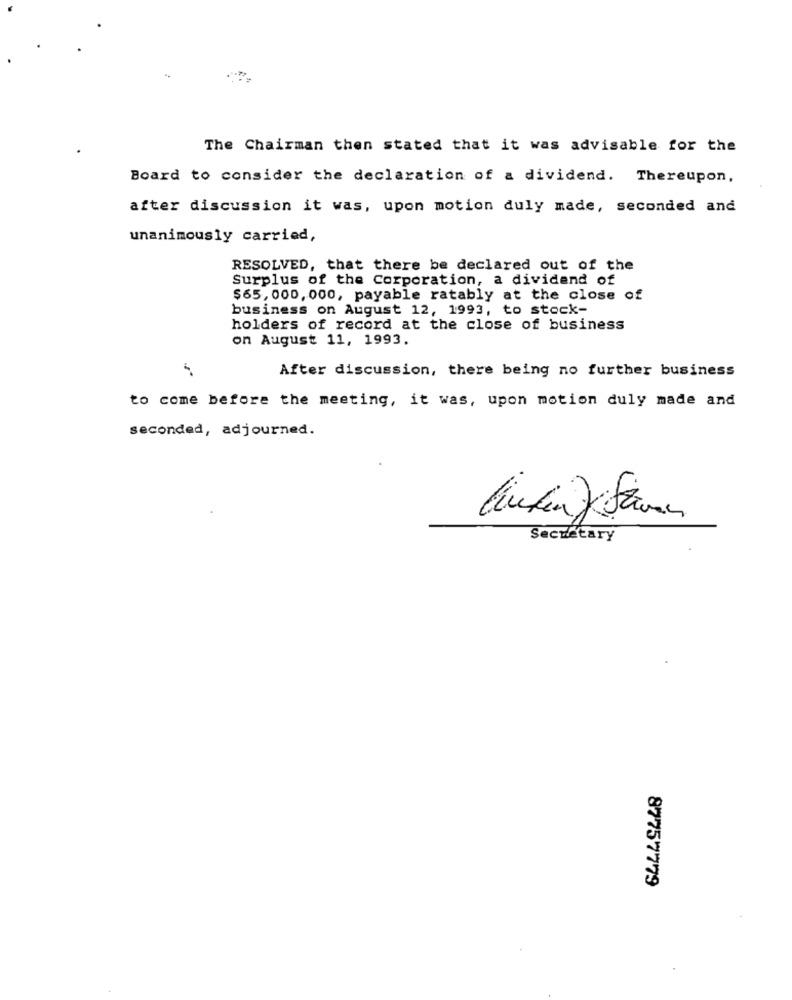
The Chairman then stated that it was advisable for the
Board to consider the declaration of a dividend. Thereupon,
after discussion it was, upon motion duly made, seconded and
unanimously carried,
RESOLVED, that there be declared out of the
Surplus of the Corporation, a dividend of
$65, 000, 000, payable ratably at the close of
business on August 12, 1993, to stock-
holders of record at the close of business
on August 11, 1993.
After discussion, there being no further business
to come before the meeting, it was, upon motion duly made and
seconded, adjourned.
Secretary
87757779